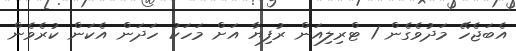
އެބަޖެހޭ މަދުވެގެން 1 ޓްރިލިއަން ރުފިޔާ އަށް މަހަކު ހަދަން އެކަން ކުރެވެން